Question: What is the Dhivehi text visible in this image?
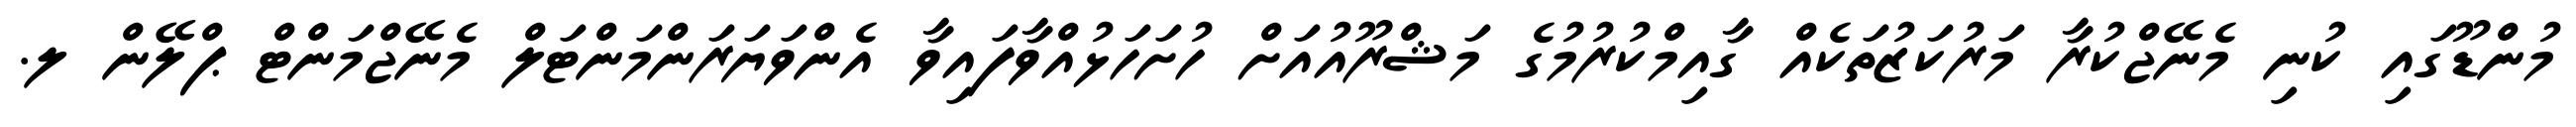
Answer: މުންޑޫގައި ކުނި މެނޭޖްކުރާ މަރުކަޒުތަކެއް ގާއިމްކުރުމުގެ މަޝްރޫއުއަށް ހުށަހަޅުއްވާފައިވާ އެންވަޔަރަންމަންޓަލް މެނޭޖްމަންޓް ޕްލޭން ލ.